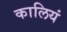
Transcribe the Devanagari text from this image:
कालियं